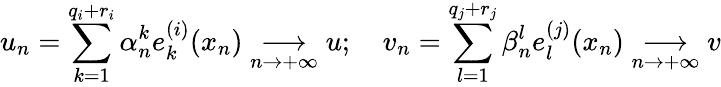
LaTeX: u_{n}=\displaystyle{\sum_{k=1}^{q_{i}+r_{i}}\alpha_{n}^{k}e_{k}^{(i)}(x_{n})}\underset{n\to+\infty}{\longrightarrow}u;\quad v_{n}=\displaystyle{\sum_{l=1}^{q_{j}+r_{j}}\beta_{n}^{l}e_{l}^{(j)}(x_{n})}\underset{n\to+\infty}{\longrightarrow}v